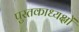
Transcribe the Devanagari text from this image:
पुस्तकाध्यक्षों